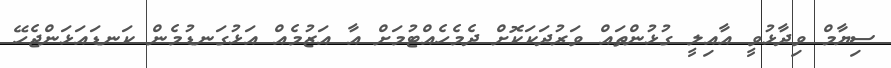
ސިޔާމް ވިދާޅުވީ އާއިލީ ގުޅުންތައް ވަރުދަކަކޮށް ދެމެހެއްޓުމަށް އާ އަޒުމެއް އަޅުގަނޑުމެން ކަނޑައަޅަންޖެހޭ